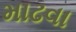
માઢવા